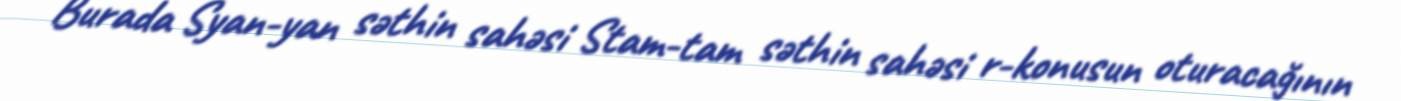
Burada Syan-yan səthin sahəsi Stam-tam səthin sahəsi r-konusun oturacağının